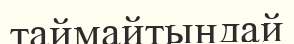
таймайтындай